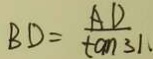
B D = \frac { A D } { \tan 3 1 }